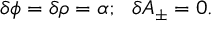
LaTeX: \delta \phi = \delta \rho = \alpha ; ~ ~ \delta A _ { \pm } = 0 .